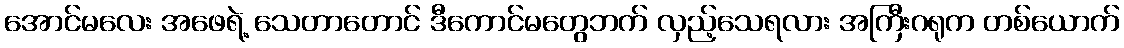
အောင်မလေး အဖေရဲ့ သေတာတောင် ဒီကောင်မတွေဘက် လှည့်သေရလား အကြီးဂရုက တစ်ယောက်